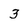
Character: 3